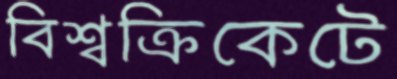
বিশ্বক্রিকেটে